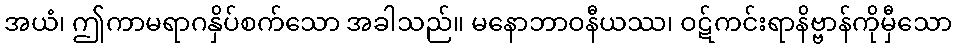
အယံ၊ ဤကာမရာဂနှိပ်စက်သော အခါသည်။ မနောဘာဝနီယဿ၊ ဝဋ်ကင်းရာနိဗ္ဗာန်ကိုမှီသော